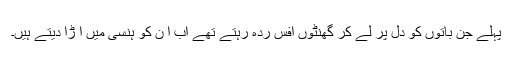
پہلے جِن باتوں کو دِل پر لے کر گھنٹوں افس ردہ رہتے تھے اب ا ن کو ہنسی میں ا ڑا دیتے ہیں۔